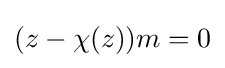
(z-\chi (z))m=0